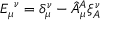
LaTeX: { E _ { \mu } } ^ { \nu } = \delta _ { \mu } ^ { \nu } - \hat { A } _ { \mu } ^ { A } \xi _ { A } ^ { \nu }